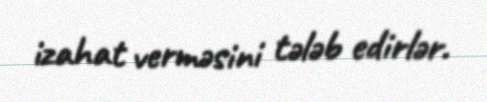
izahat verməsini tələb edirlər.